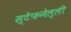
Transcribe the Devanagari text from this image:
स्टेफनेल्ली